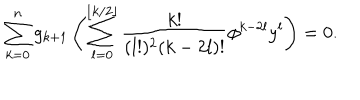
\sum _ { k = 0 } ^ { n } g _ { k + 1 } \left( \sum _ { l = 0 } ^ { \lfloor k / 2 \rfloor } \frac { k ! } { ( l ! ) ^ { 2 } ( k - 2 l ) ! } \phi ^ { k - 2 l } y ^ { l } \right) = 0 .